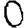
Digit: 0